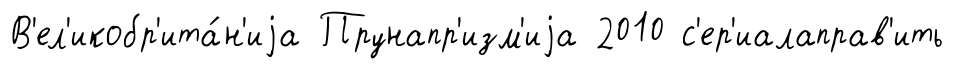
В'ел'икобр'ита́н'иjа Прунапр'изм'иjа 2010 с'ер'иалаправ'ить